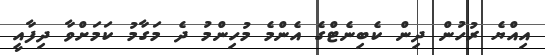
އިއްޔެ ރުހުން ދިން ކެބިނެޓްގެ އެންމެ މުހިންމު ދެ މަގާމު ކަމަށްވާ ދިފާއީ